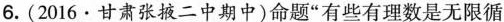
6.(2016·甘肃张掖二中期中)命题”有些有理数是无限循